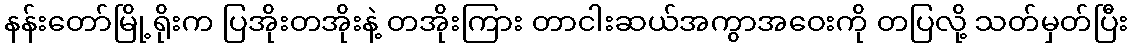
နန်းတော်မြို့ရိုးက ပြအိုးတအိုးနဲ့ တအိုးကြား တာငါးဆယ်အကွာအဝေးကို တပြလို့ သတ်မှတ်ပြီး